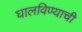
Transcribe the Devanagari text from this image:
घालविण्याची